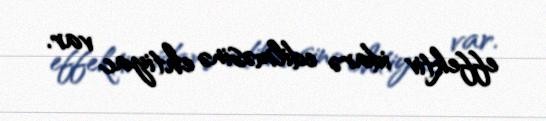
effektiv idarə edilməsinə ehtiyac var.